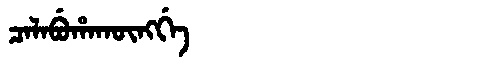
Manchu: ᠴᠠᠯᠠᠪᡠᡥᠠᡴᡡᠩᡤᡝ
Romanization: CALABUHAKŪNGGE